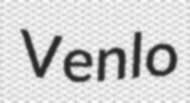
Venlo